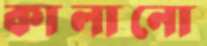
কালানো